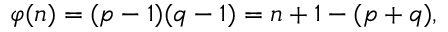
\varphi ( n ) = ( p - 1 ) ( q - 1 ) = n + 1 - ( p + q ) ,